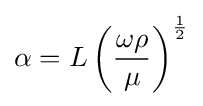
\alpha =L\left({\frac {\omega \rho }{\mu }}\right)^{\frac {1}{2}}